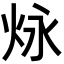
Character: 𪸠